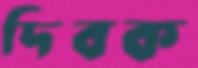
দিবক